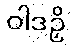
ဝါဒဉှိ